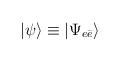
LaTeX: \begin{align*}|\psi\rangle \equiv |\Psi_{e\bar e}\rangle\end{align*}